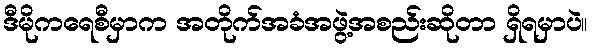
ဒီမိုကရေစီမှာက အတိုက်အခံအဖွဲ့အစည်းဆိုတာ ရှိရမှာပဲ။